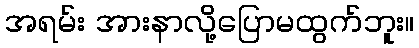
အရမ်း အားနာလို့ပြောမထွက်ဘူး။